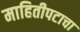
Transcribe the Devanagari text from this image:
माहितीपटाचा